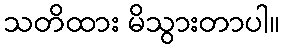
သတိထား မိသွားတာပါ။